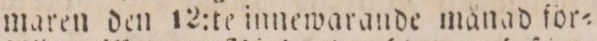
maren den 12:te innewarande månad för=